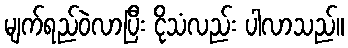
မျက်ရည်ဝဲလာပြီး ငိုသံလည်း ပါလာသည်။